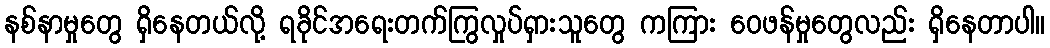
နစ်နာမှုတွေ ရှိနေတယ်လို့ ရခိုင်အရေးတက်ကြွလှုပ်ရှားသူတွေ ကကြား ဝေဖန်မှုတွေလည်း ရှိနေတာပါ။